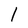
Character: l